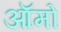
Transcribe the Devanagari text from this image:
ऑमो